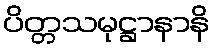
ပိတ္တသမုဋ္ဌာနာနိ